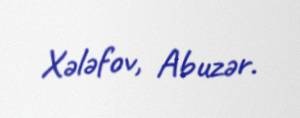
Xələfov, Abuzər.